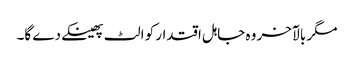
مگر بالآخر وہ جاہل اقتدار کو الٹ پھینکےدے گا۔